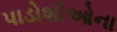
પાડોશીઓના